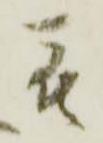
被